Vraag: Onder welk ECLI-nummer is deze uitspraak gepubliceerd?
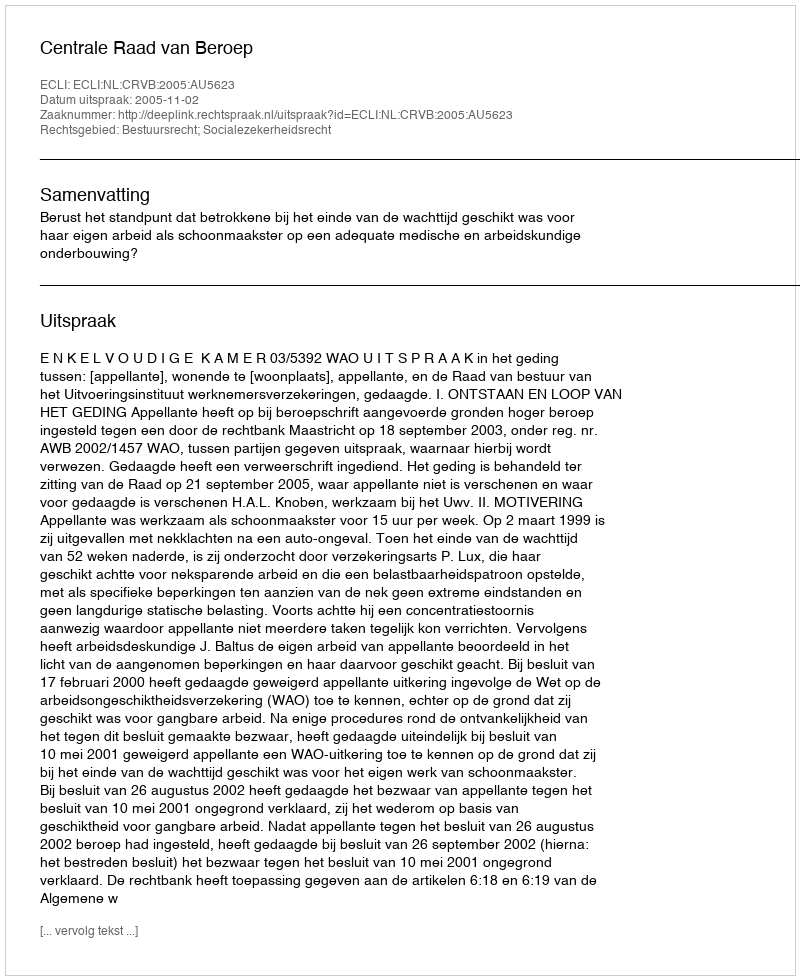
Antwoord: ECLI:NL:CRVB:2005:AU5623